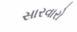
સારવારો